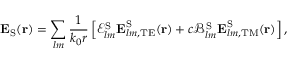
\boldsymbol { \mathbf { E } } _ { \mathrm { S } } ( \boldsymbol { \mathbf { r } } ) = \sum _ { l m } \frac { 1 } { k _ { 0 } r } \left[ \mathcal { E } _ { l m } ^ { \mathrm { S } } \boldsymbol { \mathbf { E } } _ { l m , \mathrm { T E } } ^ { \mathrm { S } } ( \boldsymbol { \mathbf { r } } ) + c \mathcal { B } _ { l m } ^ { \mathrm { S } } \boldsymbol { \mathbf { E } } _ { l m , \mathrm { T M } } ^ { \mathrm { S } } ( \boldsymbol { \mathbf { r } } ) \right] ,